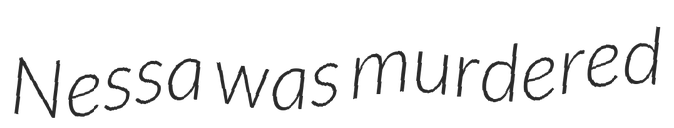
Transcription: Nessa was murdered